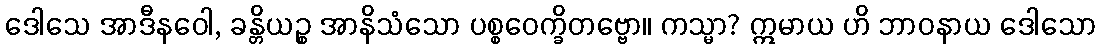
ဒေါသေ အာဒီနဝေါ, ခန္တိယဉ္စ အာနိသံသော ပစ္စဝေက္ခိတဗ္ဗော။ ကသ္မာ? ဣမာယ ဟိ ဘာဝနာယ ဒေါသော